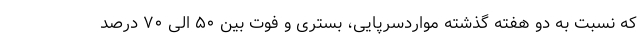
که نسبت به دو هفته گذشته مواردسرپایی، بستری و فوت بین ۵۰ الی ۷۰ درصد